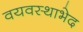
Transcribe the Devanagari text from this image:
वयवस्थाभेद